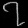
Digit: ၇